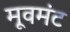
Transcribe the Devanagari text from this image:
मूवमंट